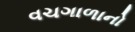
વચગાળાનો